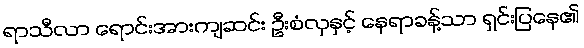
ရာသီလာ ရောင်းအားကျဆင်း ဦးစံလှနှင့် နေရာခန့်သာ ရှင်းပြနေ၏